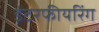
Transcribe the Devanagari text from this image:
इंटरफीयरिंग